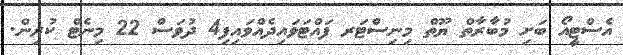
އެސްޓީއޯ ބަށި މުބާރާތް ޔޫތް މިނިސްޓަރ ފައްޓަވައިދެއްވައިފި4 ދުވަސް 22 މިނެޓް ކުރިން.